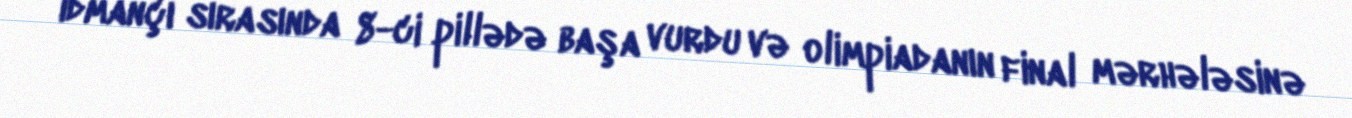
idmançı sırasında 8-ci pillədə başa vurdu və olimpiadanın final mərhələsinə